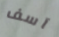
آسف